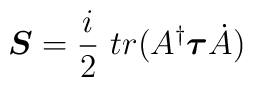
\mbox{\boldmath$S$}= \frac{i}{2}~tr(A^\dag \mbox{\boldmath$\tau$}\dot{A})